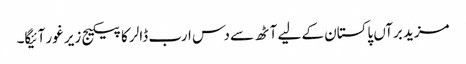
مزید برآں پاکستان کے لیے آٹھ سے دس ارب ڈالر کا پیکیج زیر غور آئیگا۔